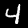
Digit: 4